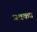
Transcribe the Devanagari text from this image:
जवकच